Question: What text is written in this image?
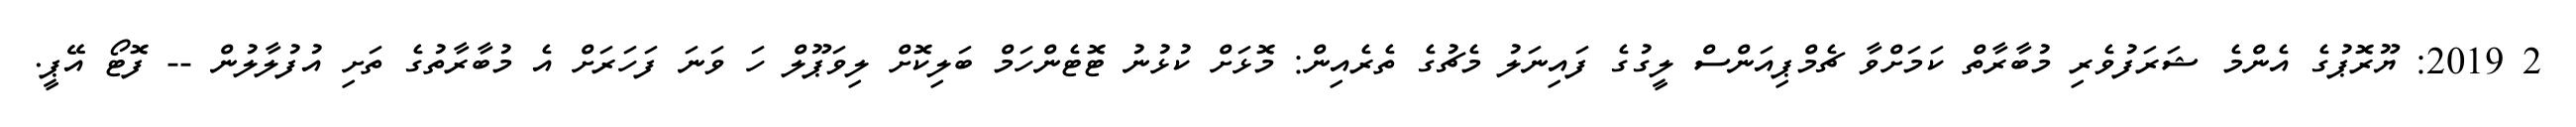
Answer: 2 2019: ޔޫރޮޕުގެ އެންމެ ޝަރަފުވެރި މުބާރާތް ކަމަށްވާ ޗެމްޕިއަންސް ލީގުގެ ފައިނަލު މެޗުގެ ތެރެއިން: މޮޅަށް ކުޅުނު ޓޮޓެންހަމް ބަލިކޮށް ލިވަޕޫލް ހަ ވަނަ ފަހަރަށް އެ މުބާރާތުގެ ތަށި އުފުލާލުން -- ފޮޓޯ އޭޕީ.